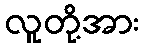
လူတို့အား